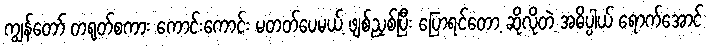
ကျွန်တော် တရုတ်စကား ကောင်းကောင်း မတတ်ပေမယ့် ဖျစ်ညှစ်ပြီး ပြောရင်တော့ ဆိုလိုတဲ့ အဓိပ္ပါယ် ရောက်အောင်